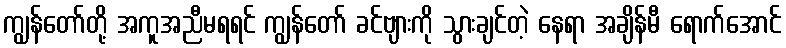
ကျွန်တော်တို့ အကူအညီမရရင် ကျွန်တော် ခင်ဗျားကို သွားချင်တဲ့ နေရာ အချိန်မီ ရောက်အောင်